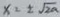
x = \pm \sqrt { 2 a }